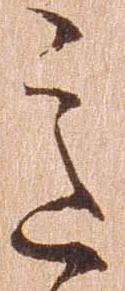
意